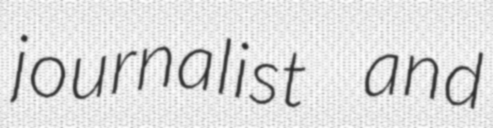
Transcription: journalist and